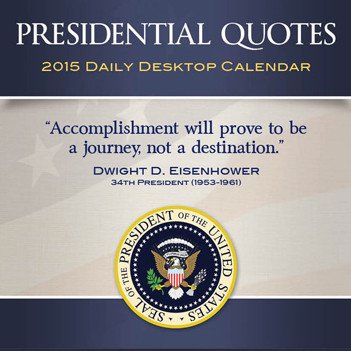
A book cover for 2015 Presidential Quotes Daily Desktop Calendar; Calendars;